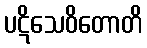
ပဋိသေဝိတောတိ